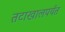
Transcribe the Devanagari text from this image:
तटाखालपर्यंत